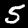
Label: 5